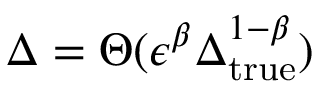
\Delta = \Theta ( \epsilon ^ { \beta } \Delta _ { \mathrm { t r u e } } ^ { 1 - \beta } )